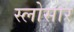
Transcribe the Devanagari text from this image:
स्लोसार